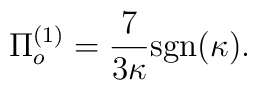
\Pi^{(1)}_{o}=\frac{7}{3\kappa}\mbox{sgn}(\kappa).